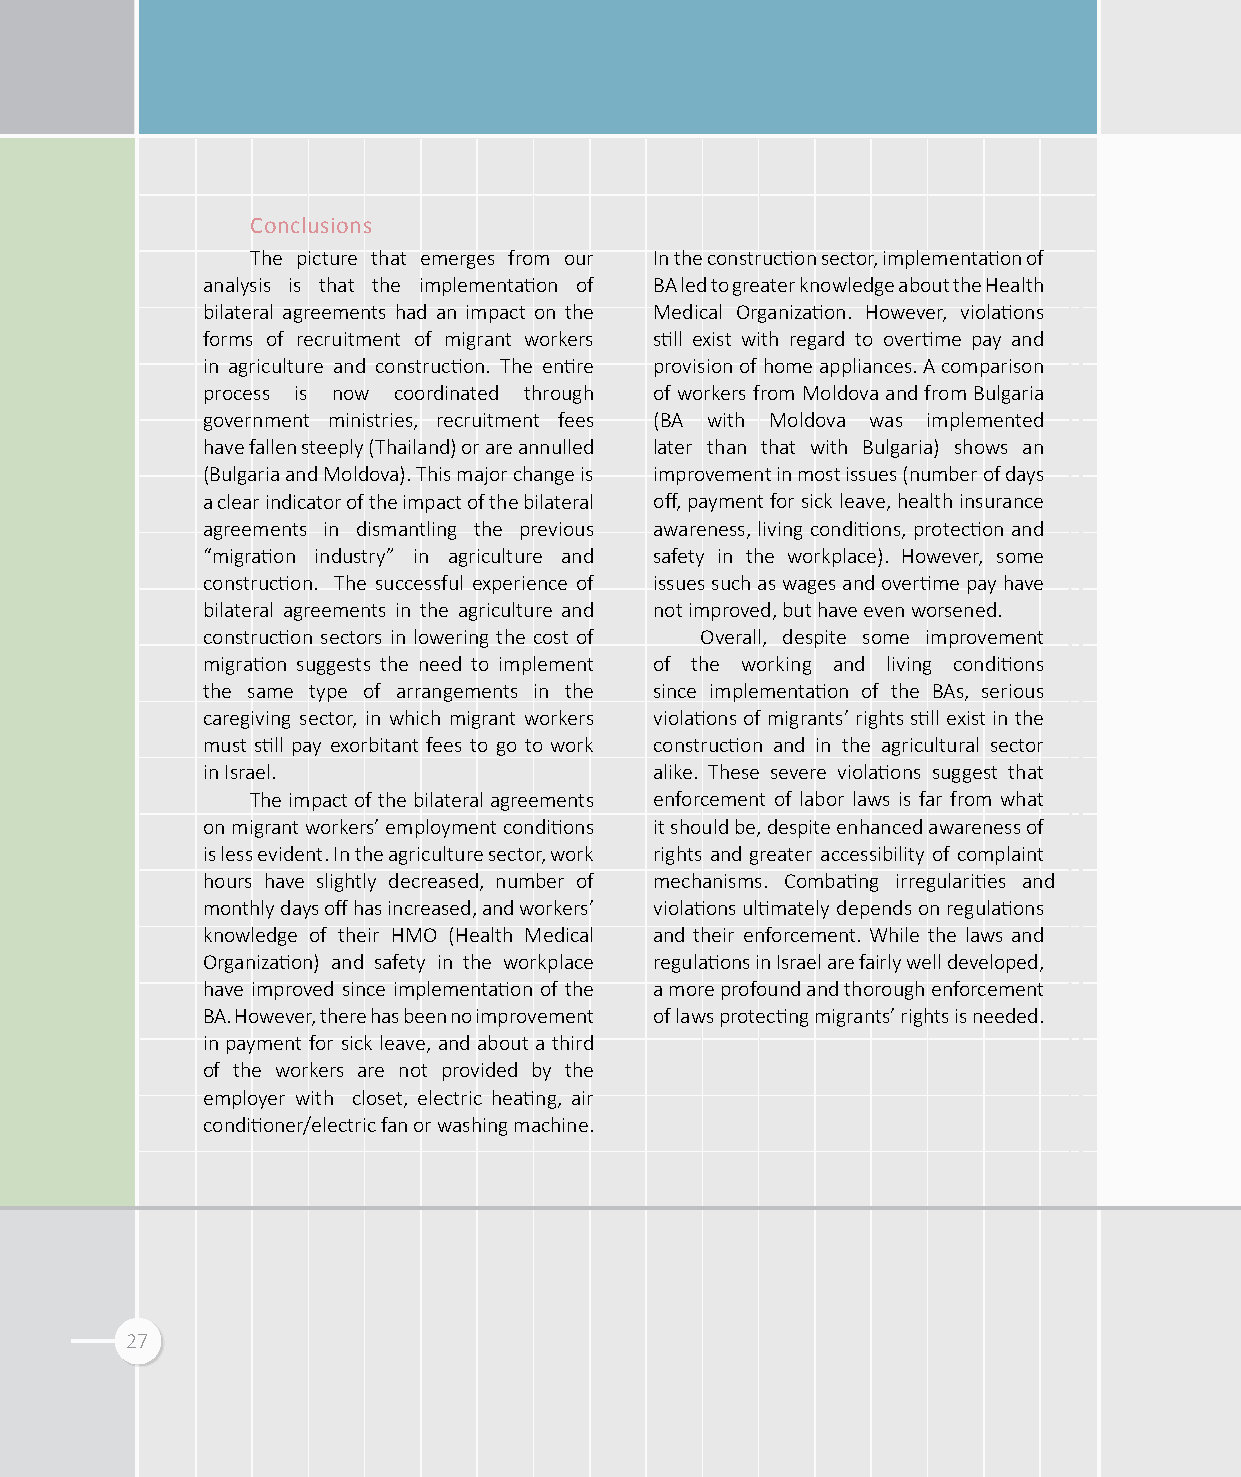
Conclusions
 The picture that emerges from our In the construction sector, implementation of
 analysis is that the implementation of BA led to greater knowledge about the Health
 bilateral agreements had an impact on the Medical Organization. However, violations
 forms of recruitment of migrant workers still exist with regard to overtime pay and
 in agriculture and construction. The entire provision of home appliances. A comparison
 process is now coordinated through of workers from Moldova and from Bulgaria
 government ministries, recruitment fees (BA with Moldova was implemented
 have fallen steeply (Thailand) or are annulled later than that with Bulgaria) shows an
 (Bulgaria and Moldova). This major change is improvement in most issues (number of days
 a clear indicator of the impact of the bilateral off, payment for sick leave, health insurance
 agreements in dismantling the previous awareness, living conditions, protection and
 “migration industry” in agriculture and safety in the workplace). However, some
 construction. The successful experience of issues such as wages and overtime pay have
 bilateral agreements in the agriculture and not improved, but have even worsened.
 construction sectors in lowering the cost of Overall, despite some improvement
 migration suggests the need to implement of the working and living conditions
 the same type of arrangements in the since implementation of the BAs, serious
 caregiving sector, in which migrant workers violations of migrants’ rights still exist in the
 must still pay exorbitant fees to go to work construction and in the agricultural sector
 in Israel.                    alike. These severe violations suggest that
 The impact of the bilateral agreements enforcement of labor laws is far from what
 on migrant workers’ employment conditions it should be, despite enhanced awareness of
 is less evident. In the agriculture sector, work rights and greater accessibility of complaint
 hours have slightly decreased, number of mechanisms. Combating irregularities and
 monthly days off has increased, and workers’ violations ultimately depends on regulations
 knowledge of their HMO (Health Medical and their enforcement. While the laws and
 Organization) and safety in the workplace regulations in Israel are fairly well developed,
 have improved since implementation of the a more profound and thorough enforcement
 BA. However, there has been no improvement of laws protecting migrants’ rights is needed.
 in payment for sick leave, and about a third
 of the workers are not provided by the
 employer with closet, electric heating, air
 conditioner/electric fan or washing machine.
 27